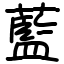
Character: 藍